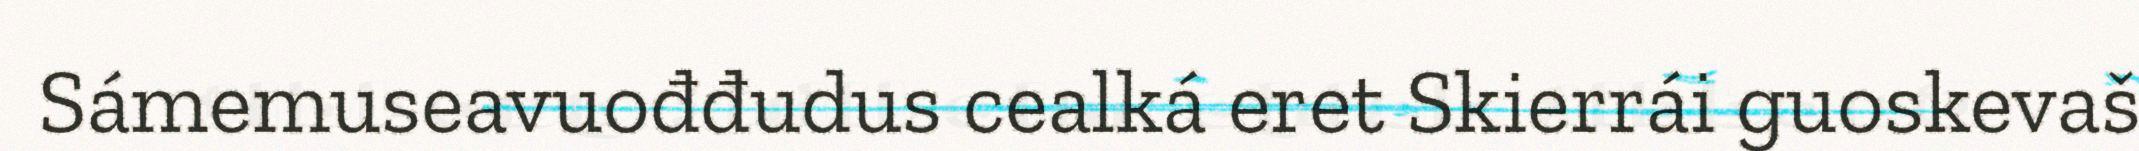
Sámemuseavuođđudus cealká eret Skierrái guoskevaš